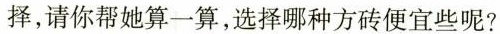
择，请你帮她算一算，选择哪种方砖便宜些呢?